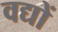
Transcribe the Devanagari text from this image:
वद्यों